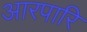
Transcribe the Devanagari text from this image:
आरपारि